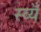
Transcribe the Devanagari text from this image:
स्व्यँ